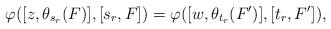
LaTeX: \begin{align*}\varphi([z, \theta_{s_r}(F)], [s_r, F]) = \varphi([w, \theta_{t_r}(F')],[t_r, F']),\end{align*}